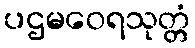
ပဌမဝေရသုတ္တံ